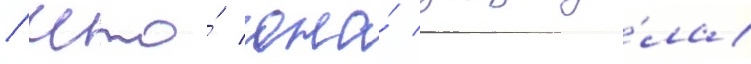
/ что́ она́ защища́ла